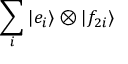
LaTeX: \sum _ { i } | e _ { i } \rangle \otimes | f _ { 2 i } \rangle